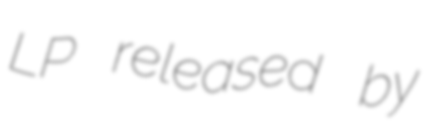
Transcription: LP released by